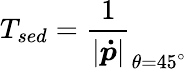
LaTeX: T_{\textit{sed}}=\frac{1}{|\boldsymbol{\dot{p}}|}_{\theta=45^{\circ}}